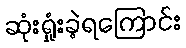
ဆုံးရှုံးခဲ့ရကြောင်း